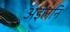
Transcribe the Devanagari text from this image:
अइलनि